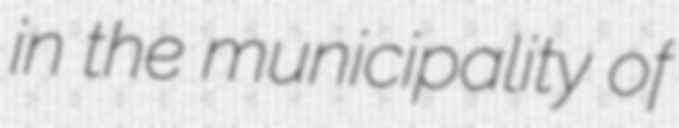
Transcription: in the municipality of